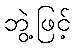
ဘွဲ့ဖြင့်